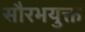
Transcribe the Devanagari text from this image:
सौरभयुक्त